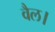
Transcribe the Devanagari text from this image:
वैल।